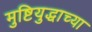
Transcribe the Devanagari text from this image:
मुष्टियुद्धाच्या